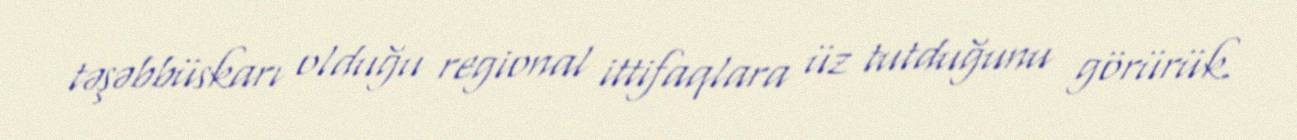
təşəbbüskarı olduğu regional ittifaqlara üz tutduğunu görürük.